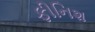
ફીનિશ